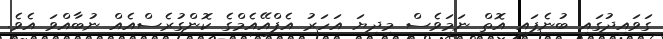
ގަވައިދުގައި ބުނެފައި އޮތް ނަމަވެސް މިދިޔަ އަހަރު އެފްއޭއެމްގެ ކޮންގުރެސްއެއް ނުބާއްވަ އެވެ.